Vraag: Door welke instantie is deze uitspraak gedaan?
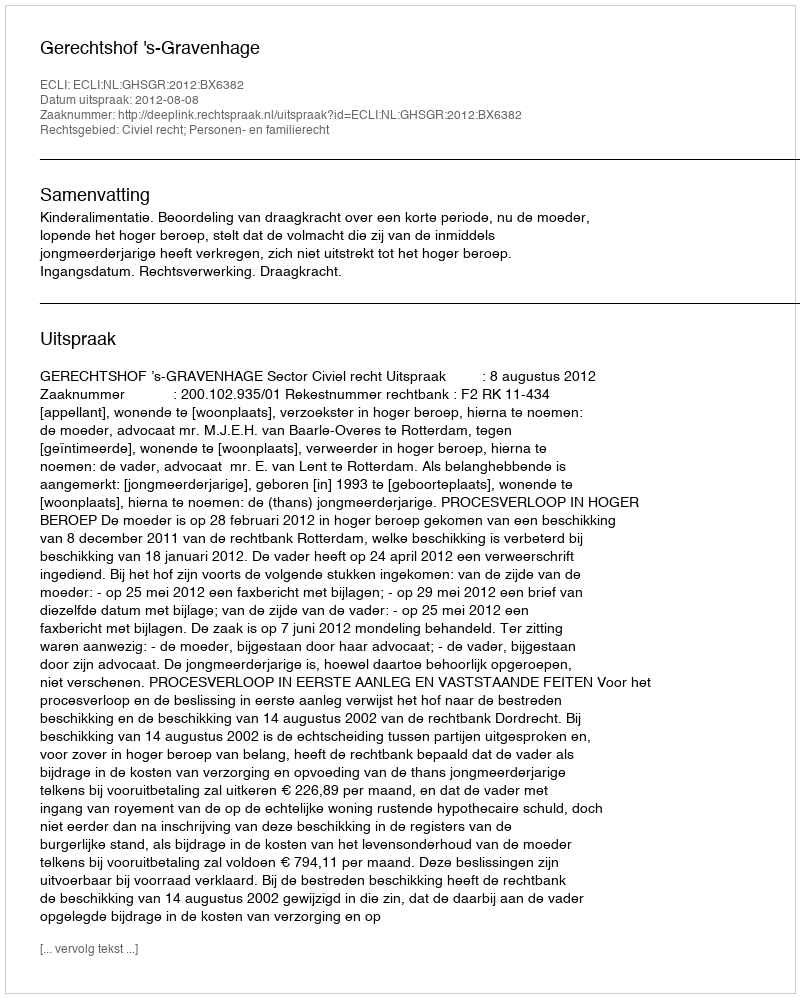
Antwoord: Gerechtshof 's-Gravenhage